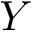
Y